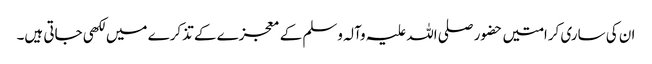
ان کی ساری کرامتیں حضور صلی اللہ علیہ وآلہ وسلم کے معجزے کے تذکرے میں لکھی جاتی ہیں۔